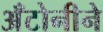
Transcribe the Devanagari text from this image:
अँटोनीने